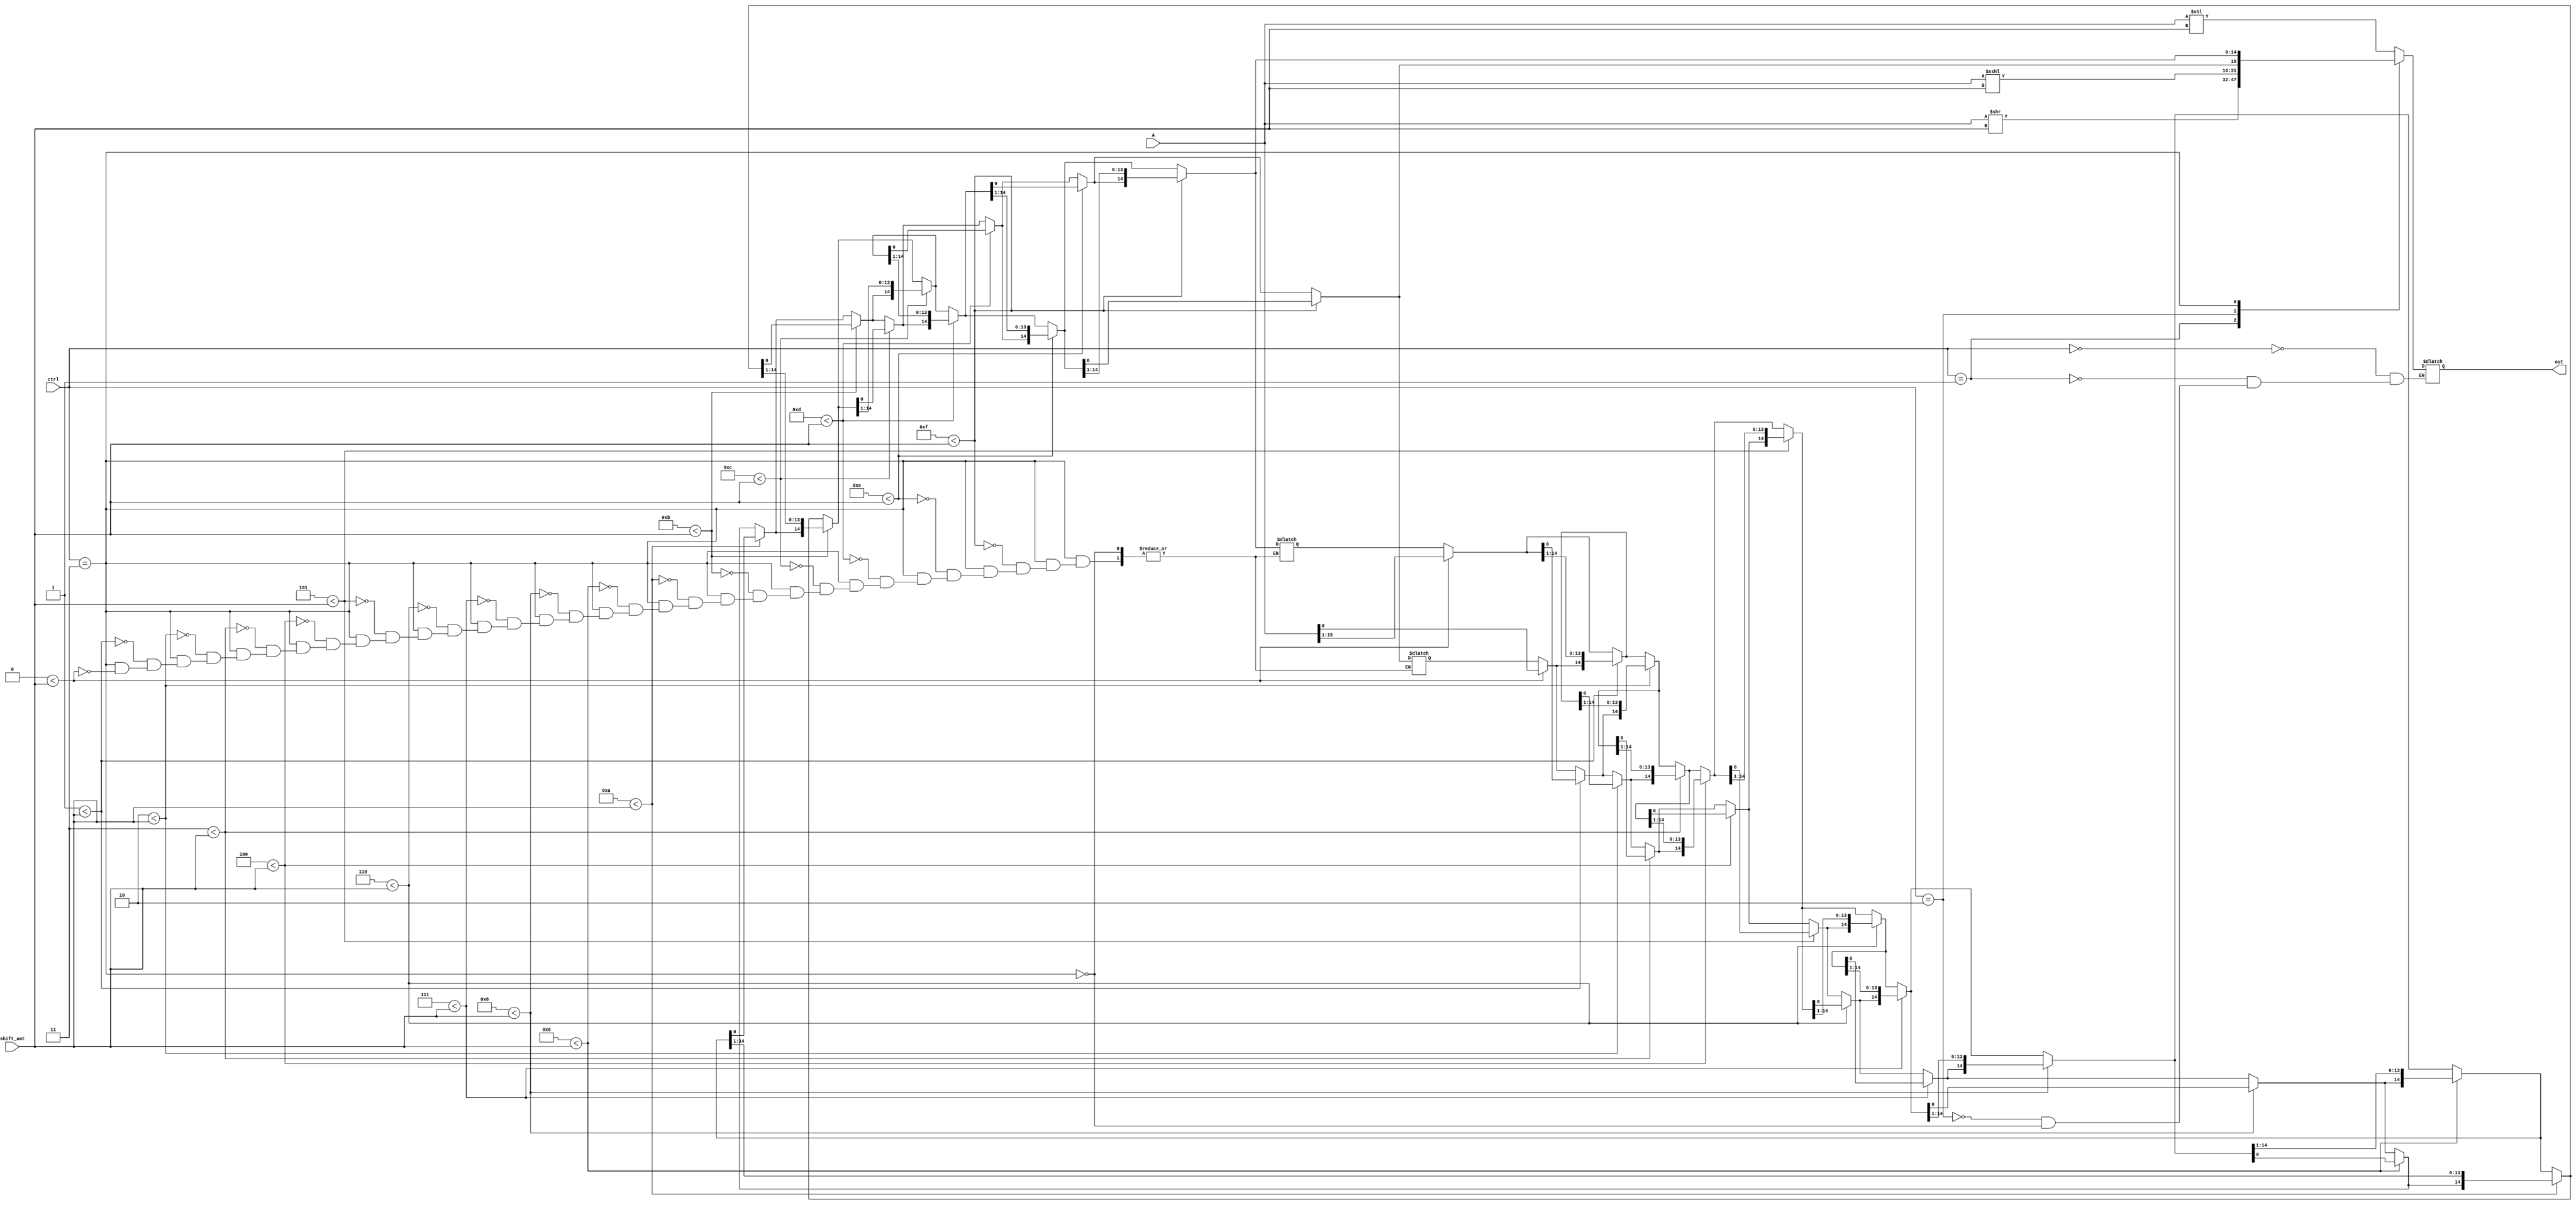
module alu_shifter(A, shift_amt, ctrl, out);
  input[15:0] A;
  input[3:0] shift_amt;
  input[2:0] ctrl;
  output[15:0] out;
  reg[15:0] temp2, temp1, temp;
  integer i;
  assign out = temp;
  always@(A or shift_amt or ctrl) begin
    case(ctrl)
      3'b000: temp = A << shift_amt;
      3'b001: temp = A >> shift_amt;
      3'b010: temp = A <<< shift_amt;
      3'b011:
        begin
	  temp1 = A;
	  for(i = 0; i < 16; i = i + 1)begin
            if(i < shift_amt) begin
	      temp2[15] = temp1[0];
	      temp2[14:0] = temp1[15:1];
	    end
	    temp1 = temp2;
	  end
	  temp = temp2;
        end
      default: $display("Invalid shift ctrl logic");
    endcase
  end
endmodule